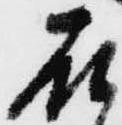
石